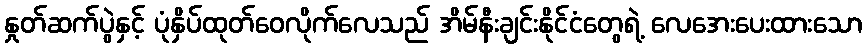
နှုတ်ဆက်ပွဲနှင့် ပုံနှိပ်ထုတ်ဝေလိုက်လေသည် အိမ်နီးချင်းနိုင်ငံတွေရဲ့ လေအေးပေးထားသော